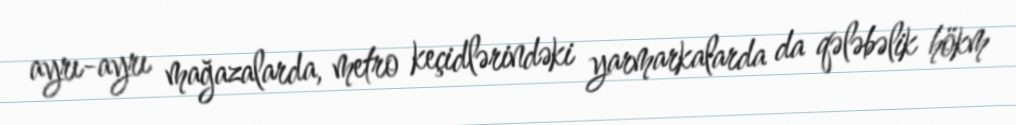
ayrı-ayrı mağazalarda, metro keçidlərindəki yarmarkalarda da qələbəlik hökm